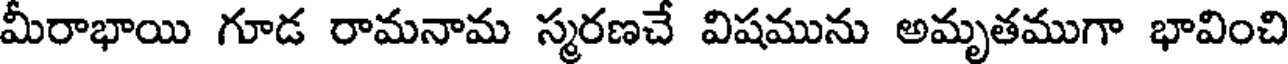
మీరాభాయి గూడ రామనామ స్మరణచే విషమును అమృతముగా భావించి